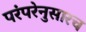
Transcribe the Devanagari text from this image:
परंपरेनुसारच